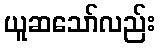
ယူဆသော်လည်း